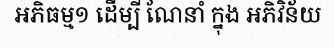
អភិធម្ម១ ដើម្បី ណែនាំ ក្នុង អភិវិន័យ